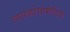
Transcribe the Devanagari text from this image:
सायकोसोमेटिक